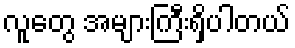
လူတွေ အများကြီးရှိပါတယ်